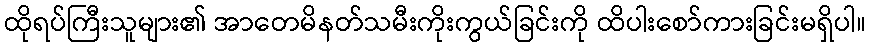
ထိုရပ်ကြီးသူများ၏ အာတေမိနတ်သမီးကိုးကွယ်ခြင်းကို ထိပါးစော်ကားခြင်းမရှိပါ။